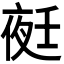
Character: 𭐺